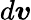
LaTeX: d\boldsymbol{v}